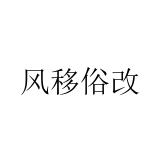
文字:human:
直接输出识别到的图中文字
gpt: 风移俗改